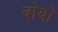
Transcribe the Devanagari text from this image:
बोयों